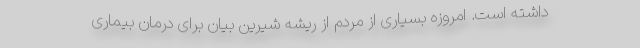
داشته است. امروزه بسیاری از مردم از ریشه شیرین بیان برای درمان بیماری